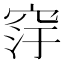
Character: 窏